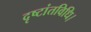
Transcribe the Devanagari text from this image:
दृष्टांतविधि।